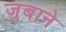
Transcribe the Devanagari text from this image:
जुबाने